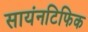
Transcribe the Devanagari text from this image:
सायंनटिफिक